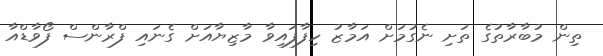
ތިން މުބާރާތުގެ ތަށި ނެގުމަށް އަމާޒު ހިފާފައިވާ މާޒިޔާއަށް ގެނައި ފްރާންސް ފޯވާޑްއާ